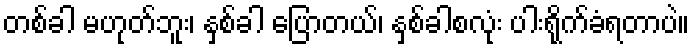
တစ်ခါ မဟုတ်ဘူး၊ နှစ်ခါ ပြောတယ်၊ နှစ်ခါစလုံး ပါးရိုက်ခံရတာပဲ။